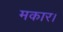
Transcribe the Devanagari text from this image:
मकार।